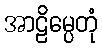
အာဠိမ္ပေတုံ